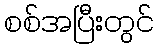
စစ်အပြီးတွင်